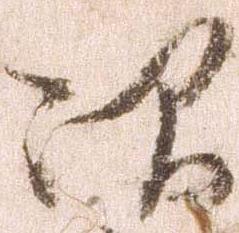
次